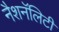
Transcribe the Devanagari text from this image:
नैशनॅलिटी